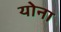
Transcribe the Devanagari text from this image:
योना